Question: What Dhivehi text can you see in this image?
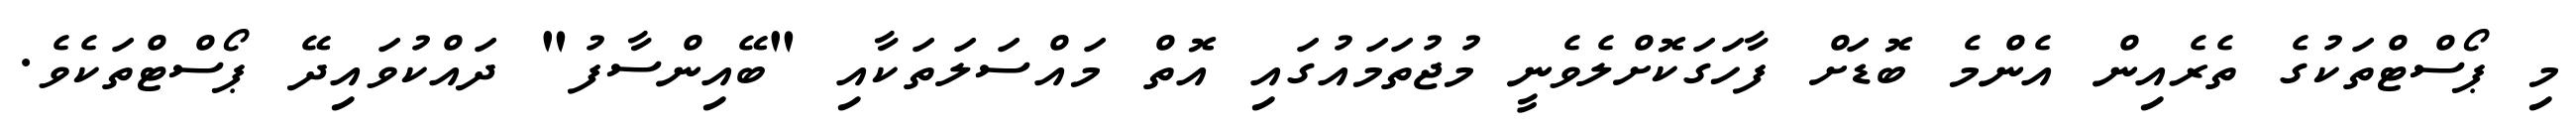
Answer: މި ޕޯސްޓްތަކުގެ ތެރެއިން އެންމެ ބޮޑަށް ފާހަގަކޮށްލެވެނީ މުޖުތަމައުގައި އޮތް މައްސަލަތަކާއި "ބޭއިންސާފު" ދައްކުވައިދޭ ޕޯސްޓްތަކެވެ.